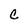
Character: c